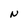
Character: N